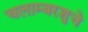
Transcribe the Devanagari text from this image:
चलाम्बरशुचे